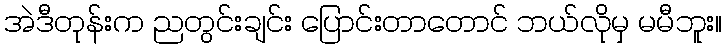
အဲဒီတုန်းက ညတွင်းချင်း ပြောင်းတာတောင် ဘယ်လိုမှ မမီဘူး။